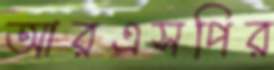
আরএসপির